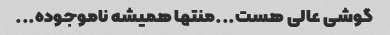
گوشی عالی هست...منتها همیشه ناموجوده...